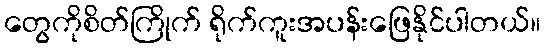
တွေကိုစိတ်ကြိုက် ရိုက်ကူးအပန်းဖြေနိုင်ပါတယ်။